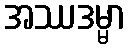
အဿဒမ္မာ